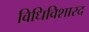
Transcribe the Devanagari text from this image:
विधिविशारद